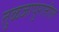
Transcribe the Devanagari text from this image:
तुळजापुरातील